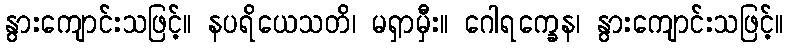
နွားကျောင်းသဖြင့်။ နပရိယေသတိ၊ မရှာမှီး။ ဂေါရက္ခေန၊ နွားကျောင်းသဖြင့်။